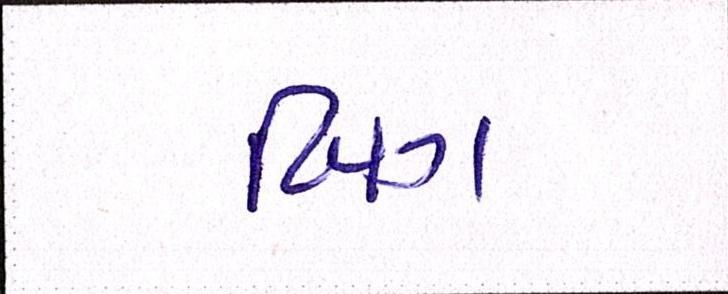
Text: બિગ